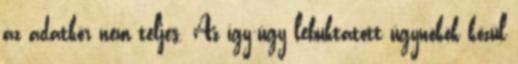
az adatkör nem teljes. Az így-úgy lebuktatott ügynökök közül